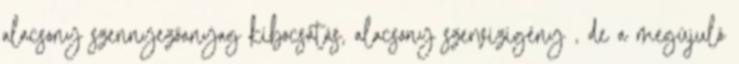
alacsony szennyezőanyag kibocsátás, alacsony szervizigény , de a megújuló